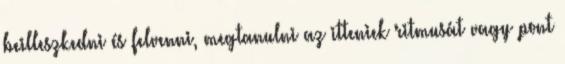
beilleszkedni és felvenni, megtanulni az itteniek ritmusát vagy pont